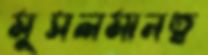
মুসলমানত্ব